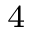
_ { 4 }